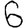
Digit: 6